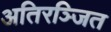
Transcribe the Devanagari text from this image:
अतिरञ्जित